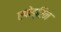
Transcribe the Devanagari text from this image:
एफेड्रिन